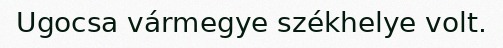
Ugocsa vármegye székhelye volt.